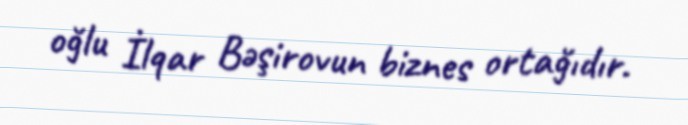
oğlu İlqar Bəşirovun biznes ortağıdır.